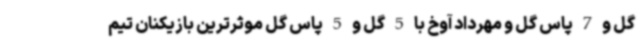
گل و 7 پاس گل و مهرداد آوخ با 5 گل و 5 پاس گل موثرترین بازیکنان تیم